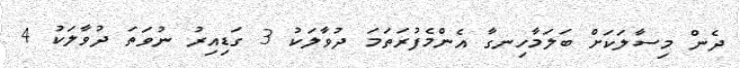
ދެން މިސާލަކަށް ބަލަމާހިނގާ އެންމެފުރަތަމަ ދުވާލަކު 3 ގަޑިއިރު ނުވަތަ ދުވާލަކު 4